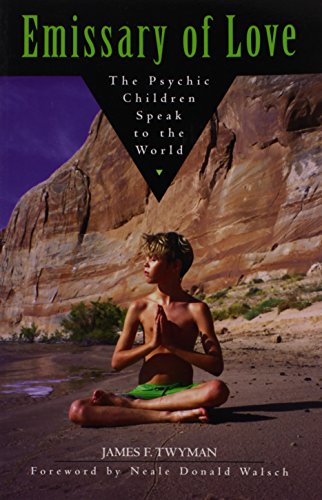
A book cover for Emissary of Love: The Psychic Children Speak to the World; James F. Twyman; Travel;